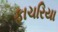
ફાચરિયા